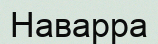
Наварра